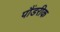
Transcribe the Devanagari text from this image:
पौंडरीक